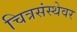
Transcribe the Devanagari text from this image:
चित्रसंस्थेवर